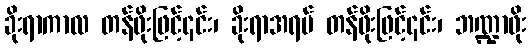
ခိုးရာကာလ တန်ဖိုးဖြင့်၎င်း၊ ခိုးရာအရပ် တန်ဖိုးဖြင့်၎င်း၊ ဘဏ္ဍာဖိုး